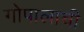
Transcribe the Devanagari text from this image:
गोपालाची